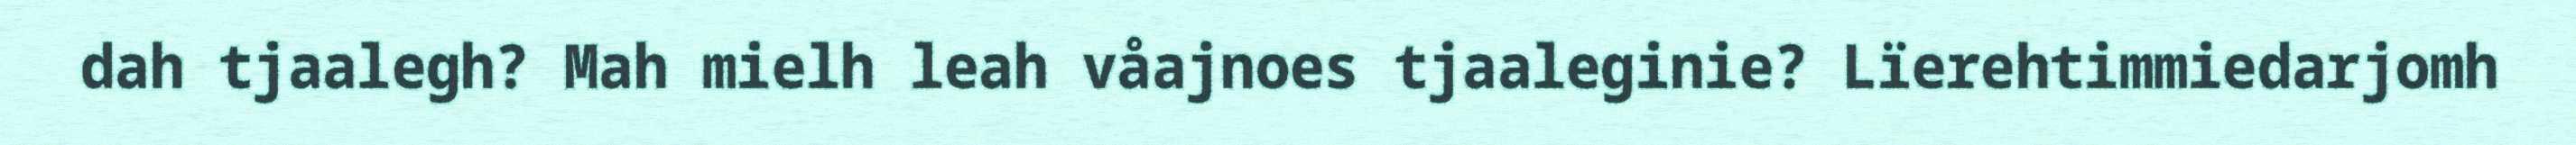
dah tjaalegh? Mah mielh leah våajnoes tjaaleginie? Lïerehtimmiedarjomh